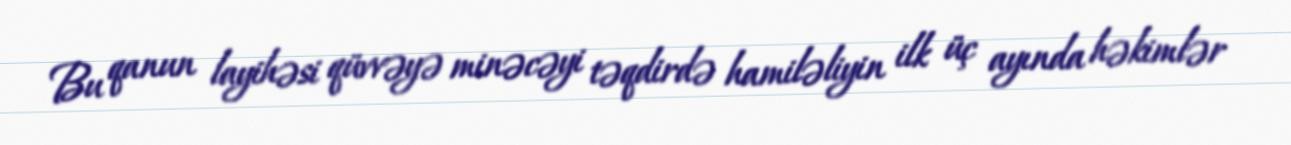
Bu qanun layihəsi qüvvəyə minəcəyi təqdirdə hamiləliyin ilk üç ayında həkimlər